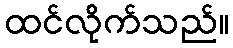
ထင်လိုက်သည်။